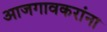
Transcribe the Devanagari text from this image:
आजगावकरांना